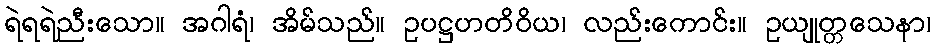
ရဲရရဲညီးသော။ အဂါရံ၊ အိမ်သည်။ ဥပဋ္ဌဟတိဝိယ၊ လည်းကောင်း။ ဥယျုတ္တသေနာ၊